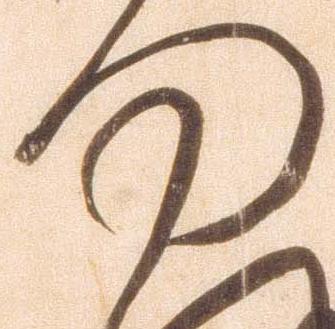
何